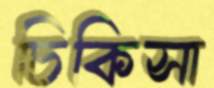
চিকিসা